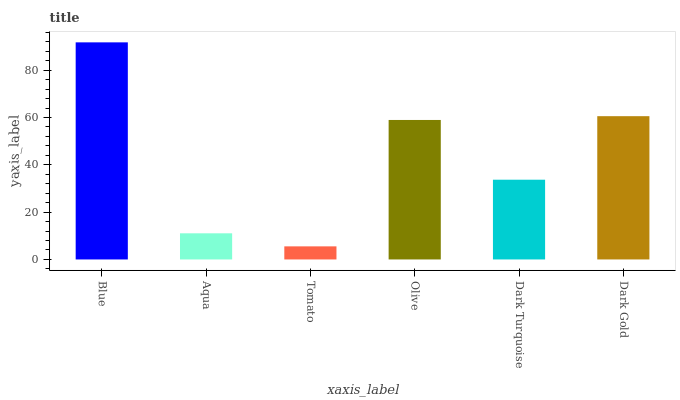
| xaxis_label | bars |
 | --- | --- |
 | Blue | 91.8 |
 | Aqua | 11.1 |
 | Tomato | 5.54 |
 | Olive | 59 |
 | Dark Turquoise | 33.7 |
 | Dark Gold | 60.6 |